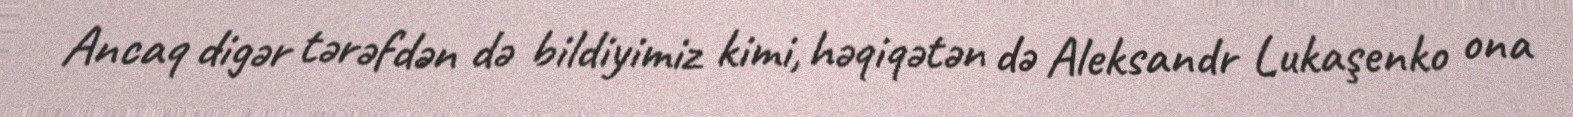
Ancaq digər tərəfdən də bildiyimiz kimi, həqiqətən də Aleksandr Lukaşenko ona